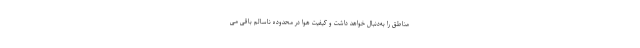
مناطق را به‌دنبال خواهد داشت و کیفیت هوا در محدوده ناسالم باقی می